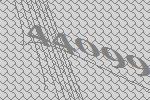
44099